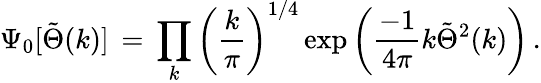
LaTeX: \Psi_{0}[\tilde{\Theta}(k)]\, =\, \prod_{k}\left({\frac{k}{\pi}}\right)^{1/4}\exp\left({\frac{-1}{4\pi}}k\tilde{\Theta}^{2}(k)\right)\, .